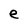
Character: e